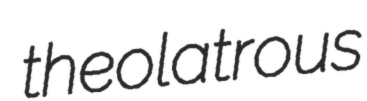
theolatrous